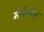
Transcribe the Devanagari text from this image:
मेमेस्पेस